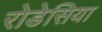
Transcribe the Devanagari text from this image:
रोडेसिया